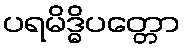
ပရမိဒ္ဓိပတ္တော